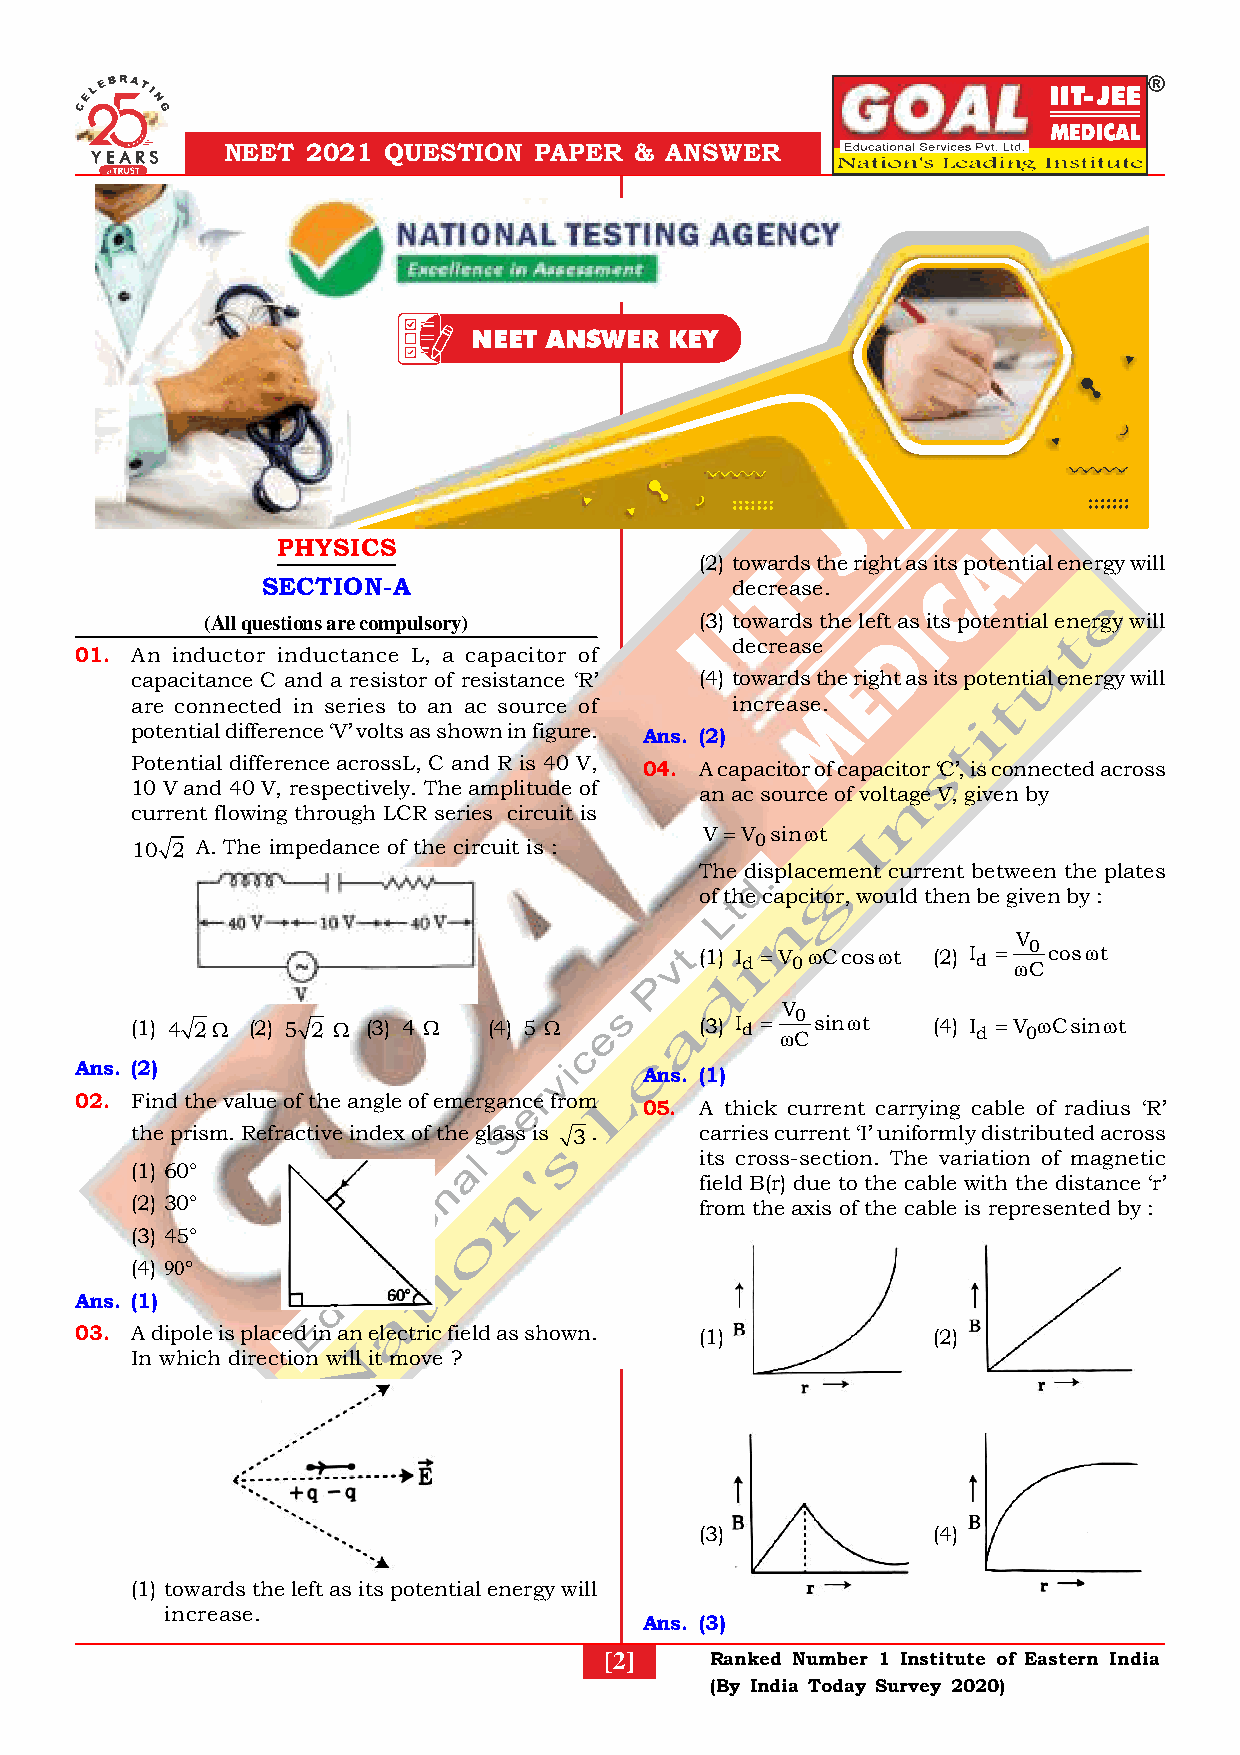
NEET 2021 QUESTION  PAPER  & ANSWER
 NEET ANSWER  KEY
 PHYSICS
 (2) towards the right as its potential energy will
 SECTION-A                      decrease.
 (All questions are compulsory)  (3) towards the left as its potential energy will
 decrease
 01. An inductor inductance L, a capacitor of
 capacitance C and a resistor of resistance ‘R’ (4) towards the right as its potential energy will
 are connected in series to an ac source of increase.
 potential difference ‘V’ volts as shown in figure. Ans. (2)
 Potential difference acrossL, C and R is 40 V, 04. A capacitor of capacitor ‘C’, is connected across
 10 V and 40 V, respectively. The amplitude of an ac source of voltage V, given by
 current flowing through LCR series circuit is
 V V sint
 10 2 A. The impedance of the circuit is : 0
 The displacement current between the plates
 of the capcitor, would then be given by :
 V
 (1) I d V 0Ccost (2) I d  C0 cost
 V
 (1) 4 2 (2) 5 2  (3) 4  (4) 5    (3) I d  C0 sint (4) I d V 0Csint
 Ans. (2)
 Ans. (1)
 02. Find the value of the angle of emergance from
 05. A thick current carrying cable of radius ‘R’
 the prism. Refractive index of the glass is 3. carries current ‘I’ uniformly distributed across
 its cross-section. The variation of magnetic
 (1) 60°
 field B(r) due to the cable with the distance ‘r’
 (2) 30°                              from the axis of the cable is represented by :
 (3) 45°
 (4) 
 Ans. (1)
 03. A dipole is placed in an electric field as shown. (1) (2)
 In which direction will it move ?
 (3)             (4)
 (1) towards the left as its potential energy will
 increase.
 Ans. (3)
 [2]    Ranked Number 1 Institute of Eastern India
 (By India Today Survey 2020)